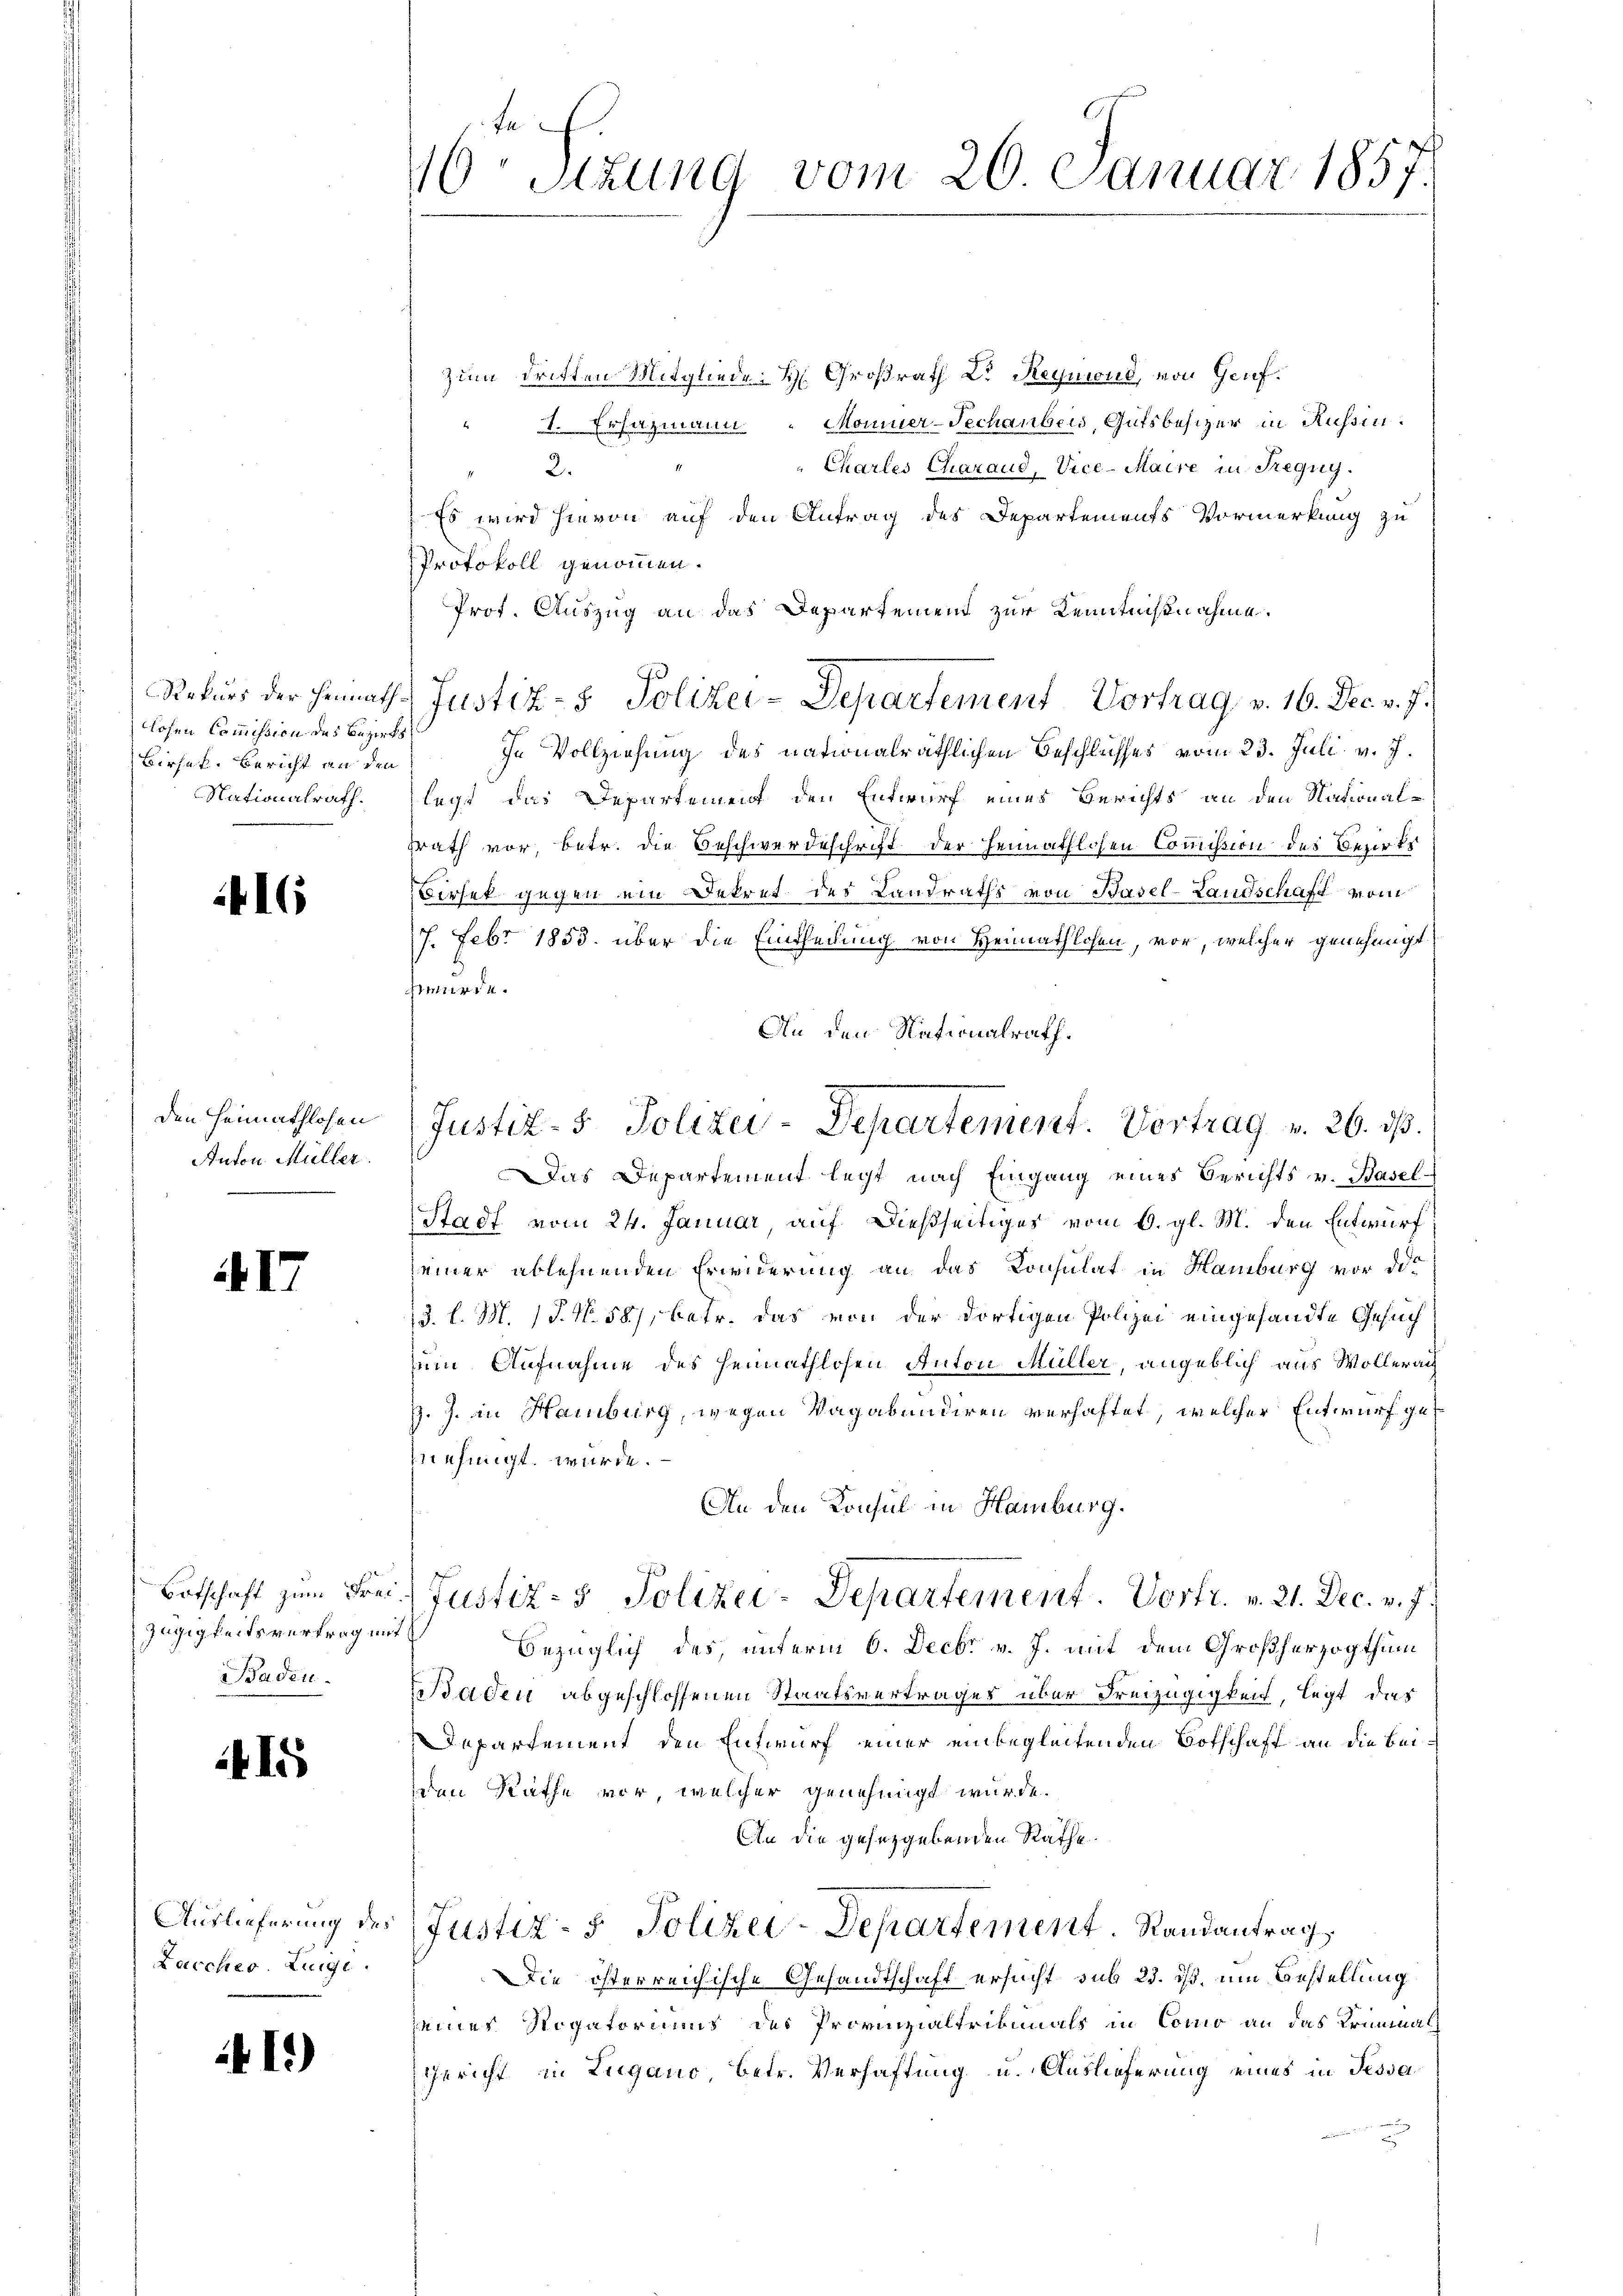
16 Stzung vom 20. Januar 1857.

zum dritten Mitgliede H. Großrath Dr. Reymond, von Genf.
" 1. Ersatzmann „Monier-Sechanbeis, Gutsbesizer in Russin.
Chartes Charand, Vice-Maire in Regny.
2.
Es wird hievon auf den Antrag des Departements Vormerkung zu
Protokoll genommen.
Prof. Auszug an das Departemend zur Kenntnißnahme.
In Vollziehung des nationalräthlichen Beschlusses vom 23. Juli v. J.
legt das Departement den Entwurf eines Berichts an den National-
Trath vor, betr. die Beschwerdeschrift der Heimathlosen Commission des Bezirks
irhek gegen ein Dekret des Landraths von Basel-Landschaft vom
7. Febr 1853. über die Eintheilung von Heimathlosen, vor, welcher genehmigt.
werde.
An den Nationalrath.
Das Departement legt nach Eingang eines Berichts v. Basel-
Stadt vom 24. Januar, auf dießseitiges vom 6. gl. M. den Entwurf,
einer ablehnenden Erwiderung an das Consulat in Hamburg vor des
3. l. M. 18. No. 581, betr. das von der dortigen Polizei eingesandte Gesuch
um Aufnahme des Heimathlosen Anton Müller, angeblich aus Wollerai
J. J. in Hamburg, wegen Vagabundiren verhaftet, welcher Entwurf genehmigt würde.
An den Konsul in Hamburg.
Justiz- & Polizei-Departement. Vortr. v. 21. Dec. v. J.
bezüglich des unterm 6. Decbr v. J. mit dem Großherzogthum
Baden abgeschlossenen Staatsvertrages über Freizügigkeit, legt das
Departement den Entwurf einer einbegleitenden Botschaft an die Beiden Räthe vor, welcher genehmigt wurde.
An die gesetzgebenden Räthe.
Justiz- 5. Polizei-Departement. Randantrag
Die österreichische Gesandtschaft ersucht sub 23. ds. um Bestellung
seines Rogatoriums der Provinzialtribunals in Como an das Kreutna
Gericht in Lugano, betr. Verhaftung u. Auslieferung eines in Tessa¬

losen Commission des Bezirks¬
Birsek. Bericht an den
Nationalrath.

Rekurs der Heimath Justiz- & Polizei-Departement Vortrag v. 16. Dec. v. J.

416

Justiz- & Polizei-Departement. Vortrag v. 26. ds.

den Heimathlosen
Anton Müller.

17

Botschaft zum Frei¬
Zügigkeitsvertrag un
Baden.

415

Auslieferung des
Lacches Ziege.

41)